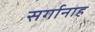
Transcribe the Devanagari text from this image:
सर्गानाह